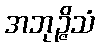
အဘုဉ္ဇိသံ